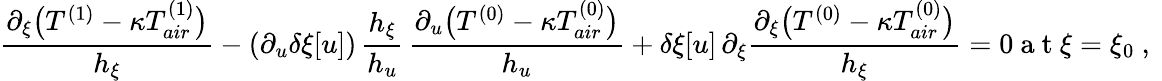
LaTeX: {{\frac{\partial_{\xi}\big(T^{(1)}-\kappa T_{air}^{(1)}\big)}{h_{\xi}}}}-(\partial_{u}\delta\xi[u])\, \frac{h_{\xi}}{h_{u}}\, \frac{\partial_{u}\big(T^{(0)}-\kappa T_{air}^{(0)}\big)}{h_{u}}+\delta\xi[u]\, {\partial_{\xi}{\frac{\partial_{\xi}\big(T^{(0)}-\kappa T_{air}^{(0)}\big)}{h_{\xi}}}}=0\mathrm{~a~t~}\xi=\xi_{0}\ ,\